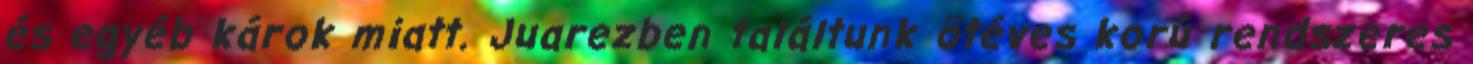
és egyéb károk miatt. Juarezben találtunk ötéves korú rendszeres